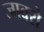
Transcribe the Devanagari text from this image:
जावरो